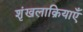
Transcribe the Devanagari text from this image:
शृंखलाक्रियाएँ